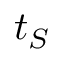
t _ { S }